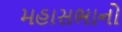
મહાસભાનો